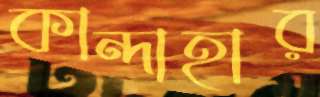
কান্দাহার